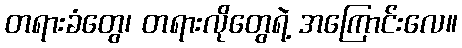
တရားခံတွေ၊ တရားလိုတွေရဲ့ အကြောင်းလေ။